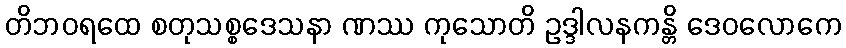
တိဘဝရထေ စတုသစ္စဒေသနာ ဏဿ ကုသောတိ ဥဒ္ဒါလနကန္တိ ဒေဝလောကေ